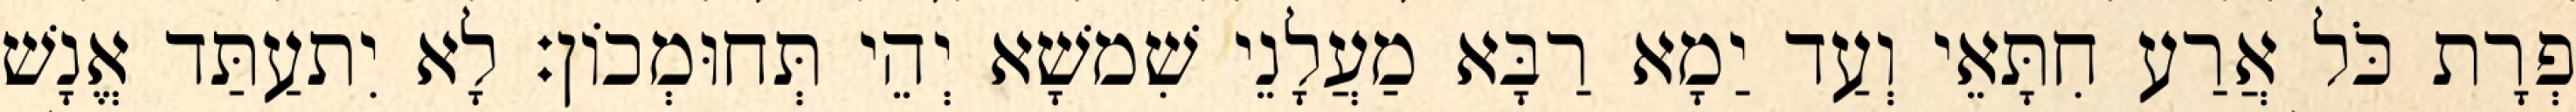
פְרָת כֹּל אֲרַע חִתָּאֵי וְעַד יַמָא רַבָּא מַעֲלָנֵי שִׁמשָׁא יְהֵי תְּחוּמְכוֹן׃ לָא יִתעַתַּד אֱנָשׁ